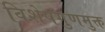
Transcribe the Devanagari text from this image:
विशेषगुणमुक्त